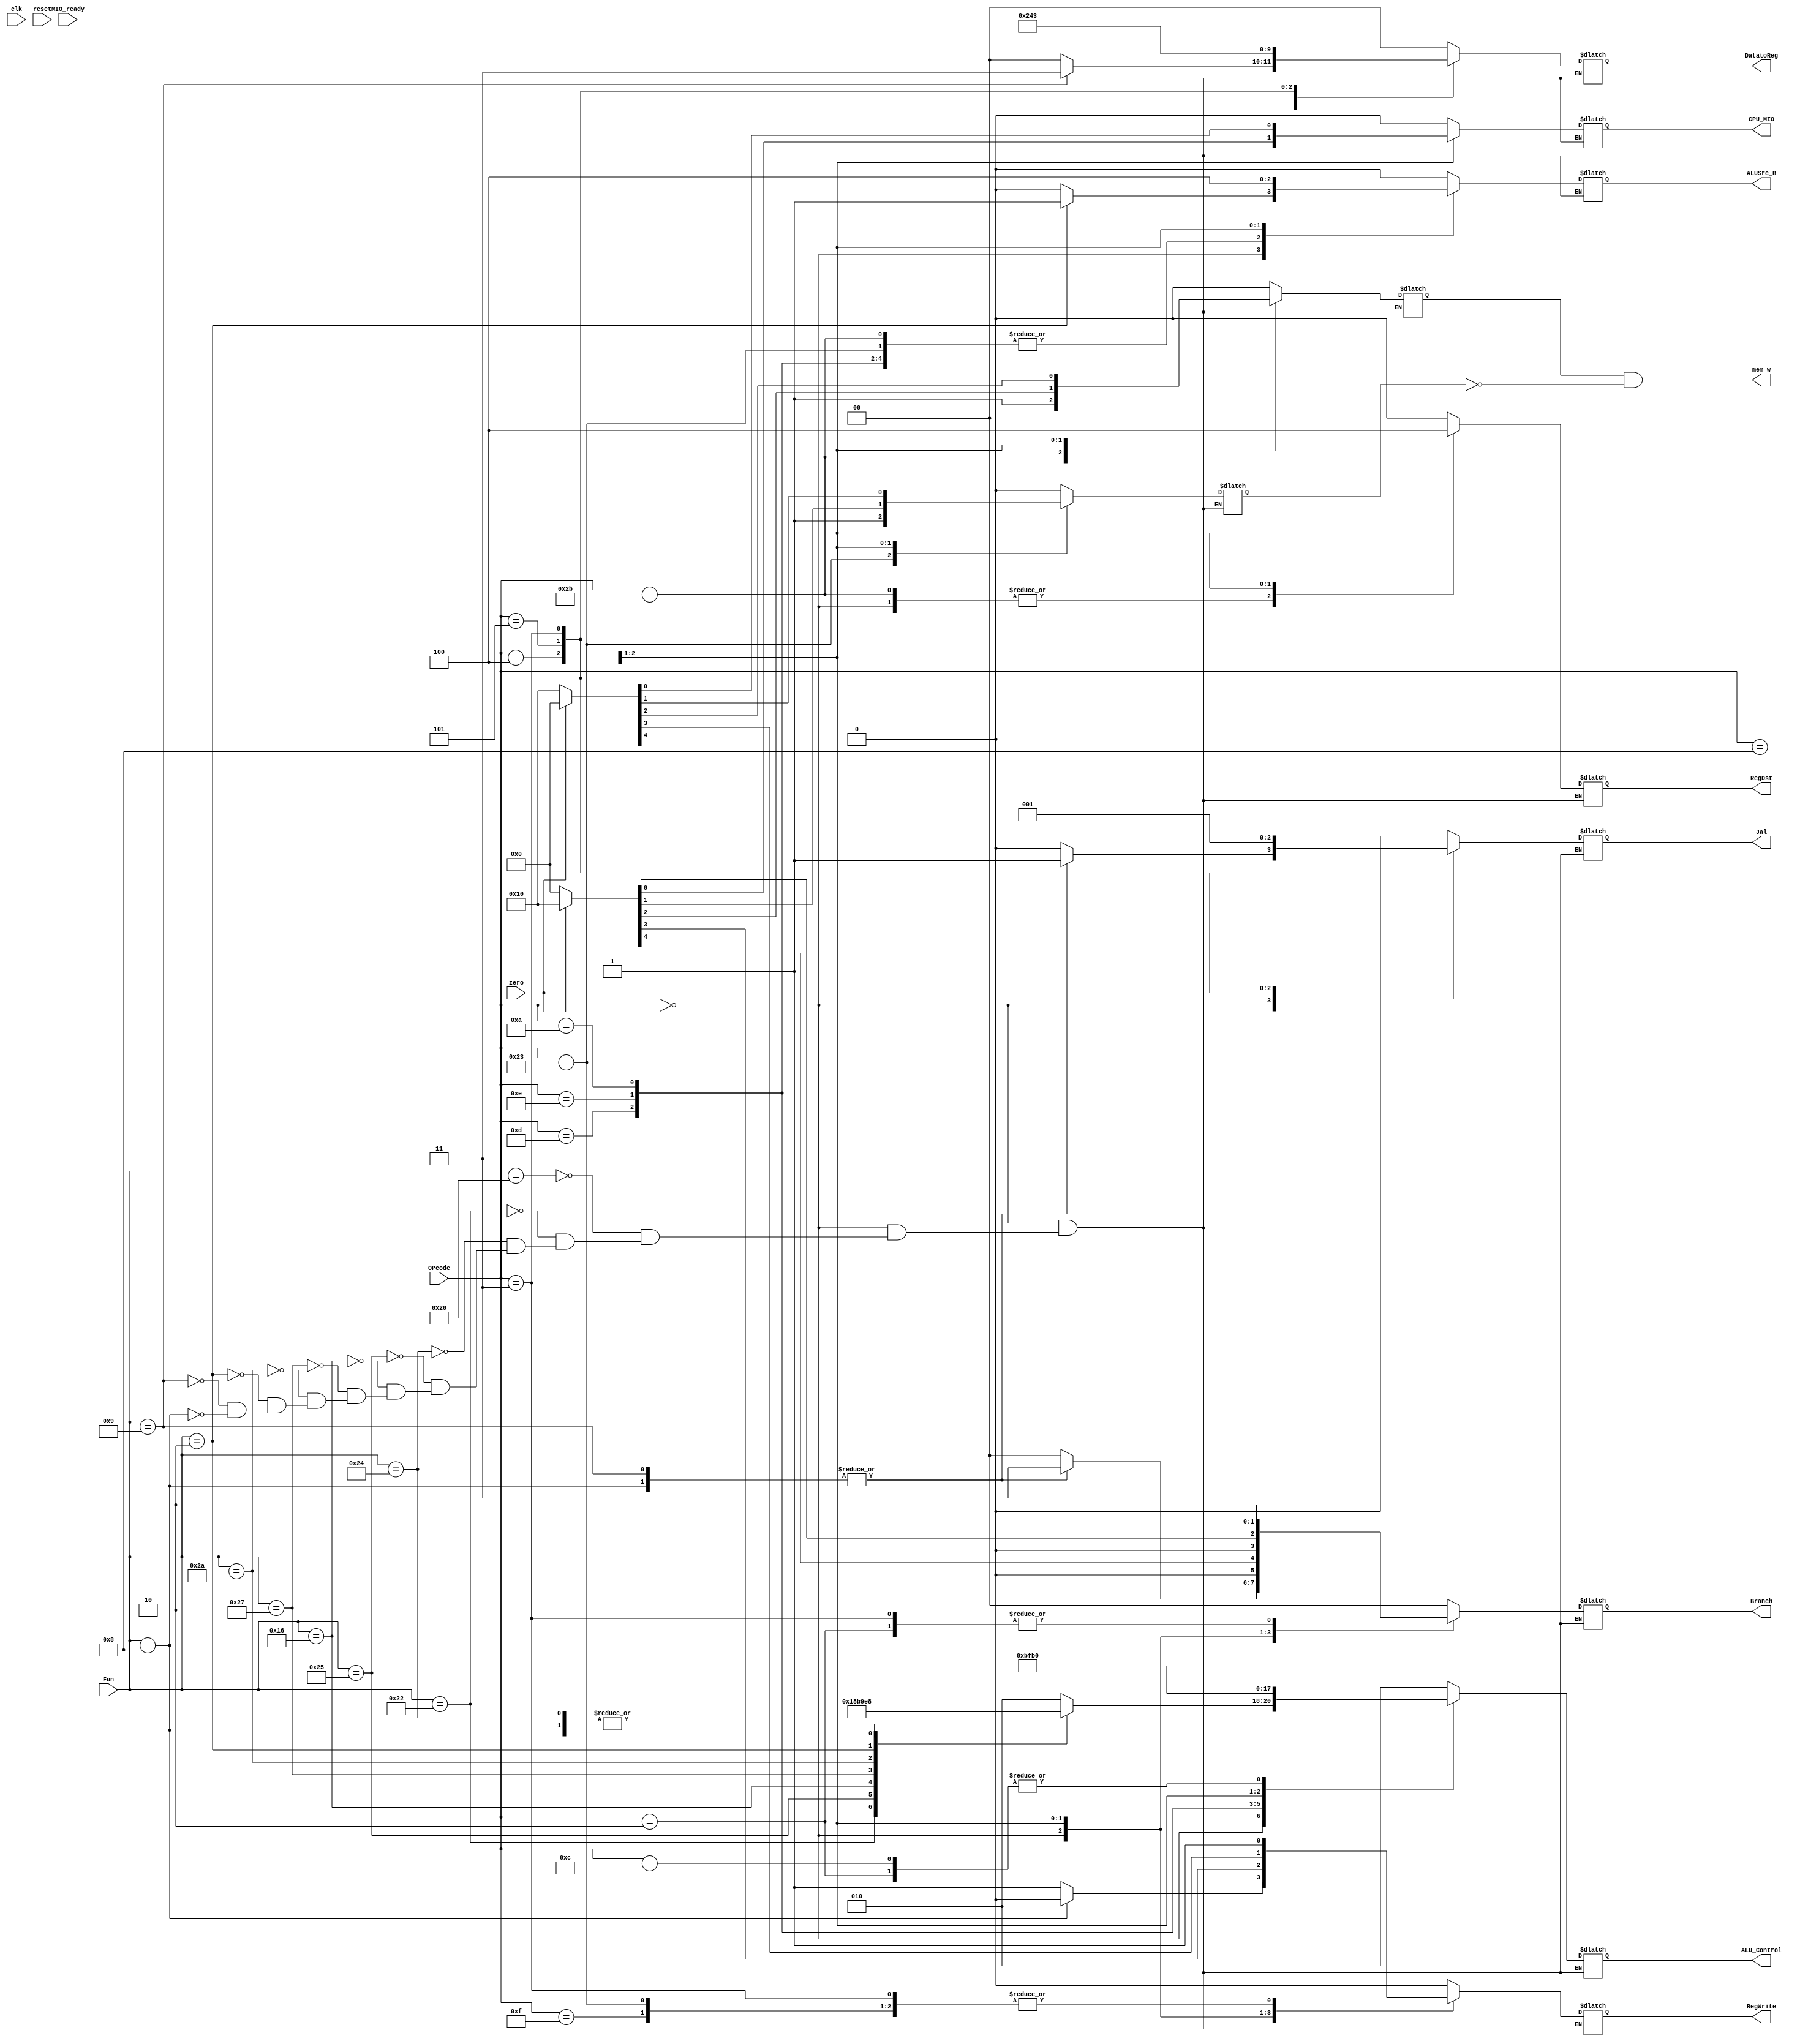
`timescale 1ns / 1ps
//////////////////////////////////////////////////////////////////////////////////
// Company: 
// Engineer: 
// 
// Design Name: 
// Module Name:    SCtrl_M 
// Project Name: 
// Target Devices: 
// Tool versions: 
// Description: 
//
// Dependencies: 
//
// Revision: 
// Revision 0.01 - File Created
// Additional Comments: 
//
//////////////////////////////////////////////////////////////////////////////////
module SCtrl_M(
    input clk,
	 input reset,
	 input [5:0]OPcode,
	 input [5:0]Fun,
	 input MIO_ready,  //CPU_wait
	 input zero,
	 
	 output reg RegDst,
	 output reg ALUSrc_B,
	 output reg [1:0]DatatoReg,
	 output reg Jal,
	 output reg [1:0]Branch,
	 output reg RegWrite,
	 output reg [2:0]ALU_Control,
	 output reg CPU_MIO,
	 output mem_w
    );
	 
	 reg MemWrite,MemRead;
	 `define CPU_ctrl_signals {RegDst,ALU_Control,ALUSrc_B,DatatoReg,Jal,Branch,RegWrite,MemWrite,MemRead,CPU_MIO}
	 assign mem_w = MemWrite&&(~MemRead);
	 
	 always @* begin
	   case(OPcode)
		   //R-type
		   6'b000000:
			   begin
			      case(Fun)
				      6'b100000: begin `CPU_ctrl_signals = 14'b1_010_0_00_0_00_1_00_0;end  //add RegDst = 1; RegWrite = 1; 
                  6'b100010: begin `CPU_ctrl_signals = 14'b1_110_0_00_0_00_1_00_0;end  //sub
                  6'b100100: begin `CPU_ctrl_signals = 14'b1_000_0_00_0_00_1_00_0;end  //and
                  6'b100101: begin `CPU_ctrl_signals = 14'b1_001_0_00_0_00_1_00_0;end  //or
                  6'b010110: begin `CPU_ctrl_signals = 14'b1_011_0_00_0_00_1_00_0;end  //xor
                  6'b100111: begin `CPU_ctrl_signals = 14'b1_100_0_00_0_00_1_00_0;end  //nor
                  6'b101010: begin `CPU_ctrl_signals = 14'b1_111_0_00_0_00_1_00_0;end  //slt
                  6'b000010: begin `CPU_ctrl_signals = 14'b1_101_1_00_0_00_1_00_0;end  //srl ALUSrcB = 1
                  
						6'b001001: begin `CPU_ctrl_signals = 14'b1_010_0_11_1_11_1_00_0;end  //jalr RegDst = 1;DatatoReg = 11; Jal = 1;Branch = 11; RegWrite = 1
                  6'b001000: begin `CPU_ctrl_signals = 14'b1_000_0_00_1_11_0_00_0;end  //jr: RegDst = 1; Jal = 1;Branch = 11; RegWrite = 0 
				   endcase
				end
				
			//I-type
         6'b001000: begin `CPU_ctrl_signals=14'b0_010_1_00_0_00_1_00_0;end //addi RegDst = 0; ALUSrc_B = 1;DatatoReg = 00;RegWrite = 1;
         6'b001100: begin `CPU_ctrl_signals=14'b0_000_1_00_0_00_1_00_0;end //andi
         6'b001101: begin `CPU_ctrl_signals=14'b0_001_1_00_0_00_1_00_0;end //ori
         6'b001110: begin `CPU_ctrl_signals=14'b0_011_1_00_0_00_1_00_0;end //xori
         6'b001010: begin `CPU_ctrl_signals=14'b0_111_1_00_0_00_1_00_0;end //slti 
         6'b001111: begin `CPU_ctrl_signals=14'b0_010_0_10_0_00_1_00_0;end //lui ALUSrc_B = 0;DatatoReg = 10;RegWrite = 1;
						  
         6'b100011: begin `CPU_ctrl_signals=14'b0_010_1_01_0_00_1_01_0;end //lw RegDst = 0; ALUSrc_B = 1; DatatoReg = 2'b01; RegWrite = 1;
         6'b101011: begin `CPU_ctrl_signals=14'b1_010_1_00_0_00_0_10_0;end //sw ALUSrc_B = 1;mem_w = 1; RegWrite = 0;
			
         6'b000100: begin 
                       if(zero) `CPU_ctrl_signals=14'b0_110_0_00_0_01_0_00_0; //beq Branch = 01
                       else `CPU_ctrl_signals=14'b0_110_0_00_0_00_0_00_0;
                    end 
         6'b000101: begin 
                       if(zero==1'b0) `CPU_ctrl_signals=14'b0_110_0_00_0_01_0_00_0; //bne Branch = 01
                       else `CPU_ctrl_signals=14'b0_110_0_00_0_00_0_00_0;
                    end
			
			//J-type
         6'b000010: begin `CPU_ctrl_signals=14'b0_000_0_00_0_10_0_00_0;end //j Branch = 10
         6'b000011: begin `CPU_ctrl_signals=14'b0_010_0_11_1_10_1_00_0;end //jal DatatoReg = 11; Jal = 1;Branch = 10;RegWrite = 1;         
			
			default:   begin `CPU_ctrl_signals=0; ALU_Control=3'b010; end
		endcase
	end
	
endmodule